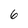
Character: 6